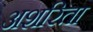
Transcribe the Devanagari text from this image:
अशरिता